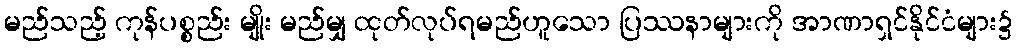
မည်သည့် ကုန်ပစ္စည်း မျိုး မည်မျှ ထုတ်လုပ်ရမည်ဟူသော ပြဿနာများကို အာဏာရှင်နိုင်ငံများ၌